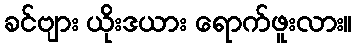
ခင်ဗျား ယိုးဒယား ရောက်ဖူးလား။